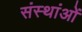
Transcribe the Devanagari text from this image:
संस्थांओं